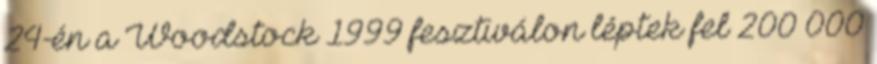
24-én a Woodstock 1999 fesztiválon léptek fel 200 000